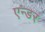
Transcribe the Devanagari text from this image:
एन्डर